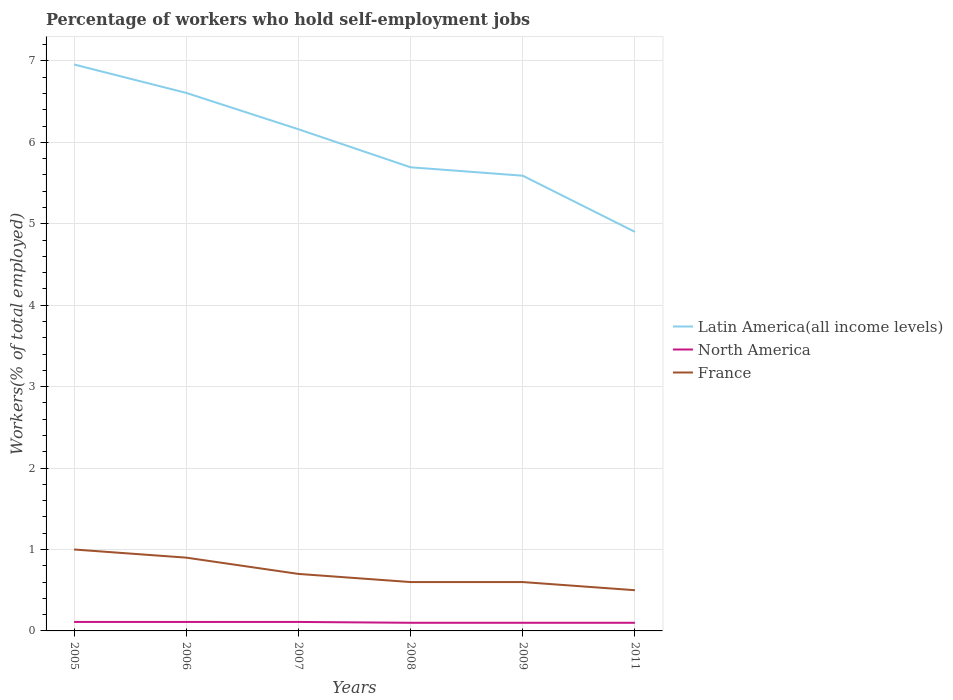
| Years | Latin America(all income levels) | North America | France |
 | --- | --- | --- | --- |
 | 2005 | 6.96 | 0.11 | 1 |
 | 2006 | 6.61 | 0.11 | 0.9 |
 | 2007 | 6.16 | 0.11 | 0.7 |
 | 2008 | 5.69 | 0.1 | 0.6 |
 | 2009 | 5.59 | 0.1 | 0.6 |
 | 2011 | 4.9 | 0.1 | 0.5 |